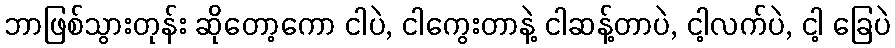
ဘာဖြစ်သွားတုန်း ဆိုတော့ကော ငါပဲ, ငါကွေးတာနဲ့ ငါဆန့်တာပဲ, ငါ့လက်ပဲ, ငါ့ ခြေပဲ